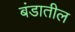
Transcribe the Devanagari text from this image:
बंडातील